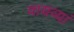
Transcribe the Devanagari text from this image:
वायव्यां